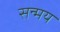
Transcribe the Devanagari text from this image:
सन्मय